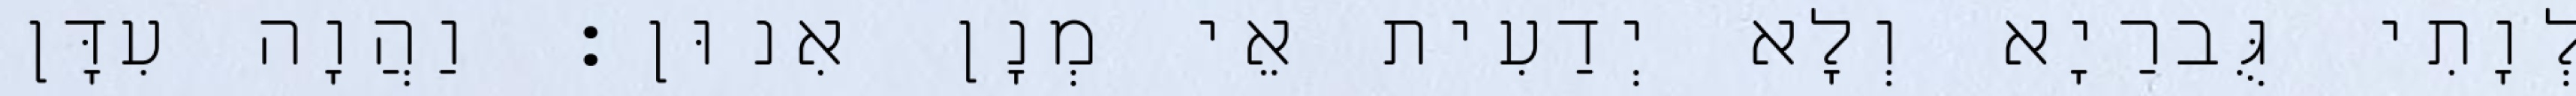
לְוָתִי גֻּברַיָא וְלָא יְדַעִית אֵי מְנָן אִנוּן׃ וַהֲוָה עִדָּן